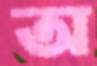
অ